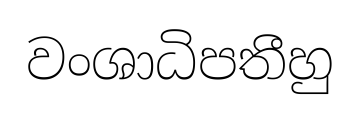
වංශාධිපතීහු